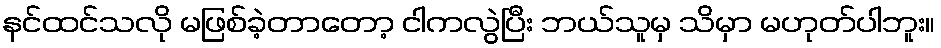
နင်ထင်သလို မဖြစ်ခဲ့တာတော့ ငါကလွဲပြီး ဘယ်သူမှ သိမှာ မဟုတ်ပါဘူး။